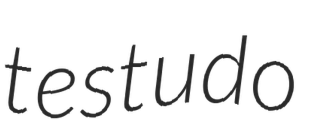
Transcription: testudo